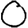
Digit: 0